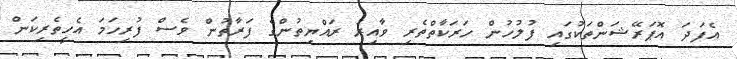
އެފަދަ އޮޕަރޭޝަންތަކުގައި ފުލުހުން ހަރަކާތްތެރި ވާއިރު ރައްޔިތުންގެ ފަރާތުން ވެސް ފުރިހަމަ އެހީތެރިކަން